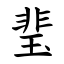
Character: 㻗